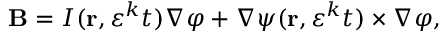
\mathbf { B } = I ( \mathbf { r } , \varepsilon ^ { k } t ) \nabla \varphi + \nabla \psi ( \mathbf { r } , \varepsilon ^ { k } t ) \times \nabla \varphi ,